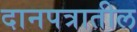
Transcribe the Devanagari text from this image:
दानपत्रातील